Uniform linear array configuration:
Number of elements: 64
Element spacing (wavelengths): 0.25
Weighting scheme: cosine
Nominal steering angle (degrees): -45
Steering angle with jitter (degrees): -44.629
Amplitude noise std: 0.05
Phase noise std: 0.05

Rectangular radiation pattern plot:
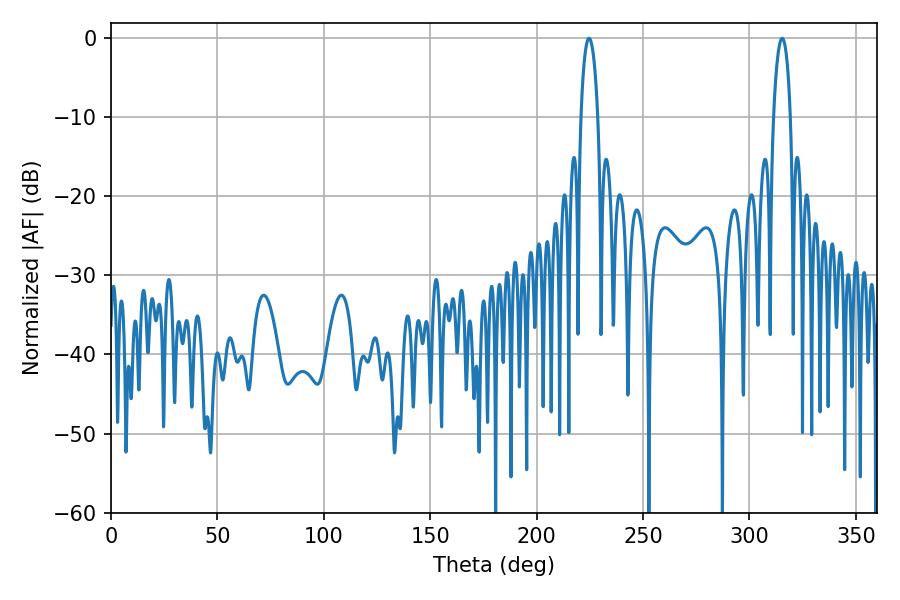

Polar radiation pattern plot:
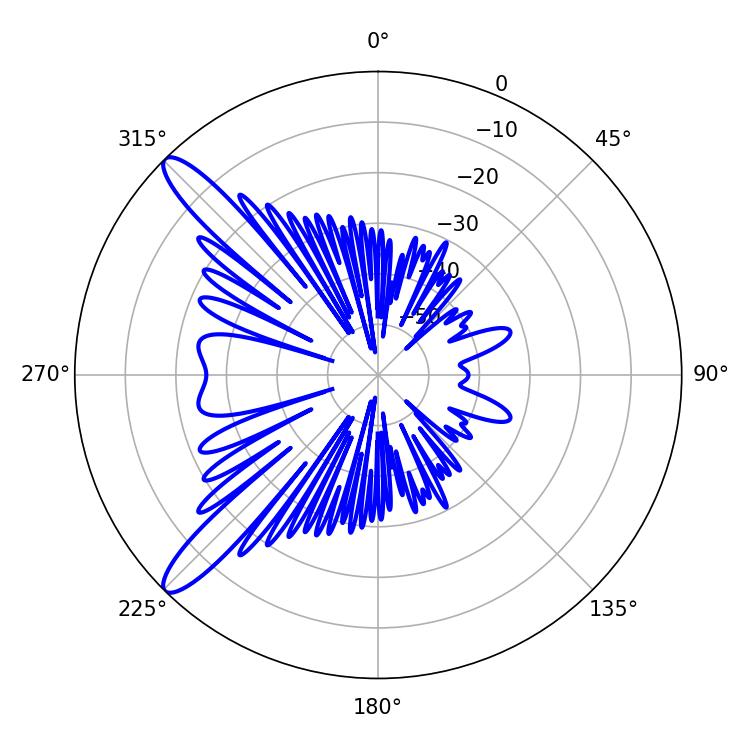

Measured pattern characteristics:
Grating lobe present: FALSE
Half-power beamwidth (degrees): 4.5
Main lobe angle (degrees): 224.64